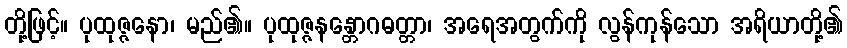
တို့ဖြင့်။ ပုထုဇ္ဇနော၊ မည်၏။ ပုထုဇ္ဇနန္တောဂဓတ္တာ၊ အရေအတွက်ကို လွန်ကုန်သော အရိယာတို့၏